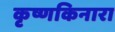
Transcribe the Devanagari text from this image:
कृष्णकिनारा